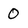
Character: 0